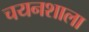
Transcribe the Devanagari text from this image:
चयनशाला